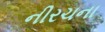
નીરચના